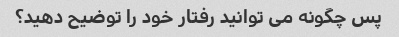
پس چگونه می توانید رفتار خود را توضیح دهید؟